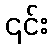
၎င်း